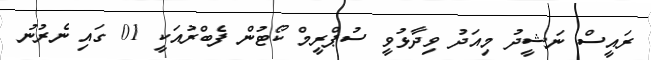
ރައީސް ނަޝީދު މިއަދު ވިދާޅުވީ ސުޕްރީމް ކޯޓުން ފެބްރުއަކީ 01 ގައި ނެރުނު